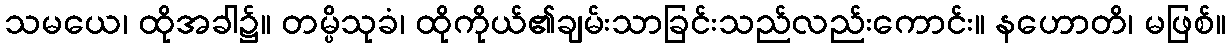
သမယေ၊ ထိုအခါ၌။ တမ္ပိသုခံ၊ ထိုကိုယ်၏ချမ်းသာခြင်းသည်လည်းကောင်း။ နဟောတိ၊ မဖြစ်။